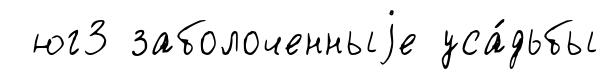
юг3 заболоченныjе уса́дьбы